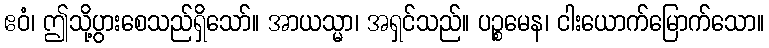
ဧဝံ၊ ဤသို့ပွားစေသည်ရှိသော်။ အာယသ္မာ၊ အရှင်သည်။ ပဉ္စမေန၊ ငါးယောက်မြောက်သော။